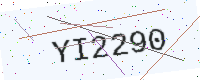
Text: YI2290